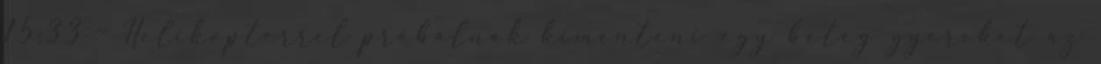
15:33 - Helikopterrel próbálnak kimenteni egy beteg gyereket az